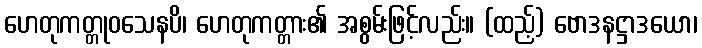
ဟေတုကတ္တုဝသေနပိ၊ ဟေတုကတ္တား၏ အစွမ်းဖြင့်လည်း။ (ထည့်) ဗောဒနဋ္ဌာဒယော၊